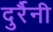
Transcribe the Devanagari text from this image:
दुर्रैनी